65_HS1-834228961_62-HQ-83894_Section_5
Agency: FBI
Page 79
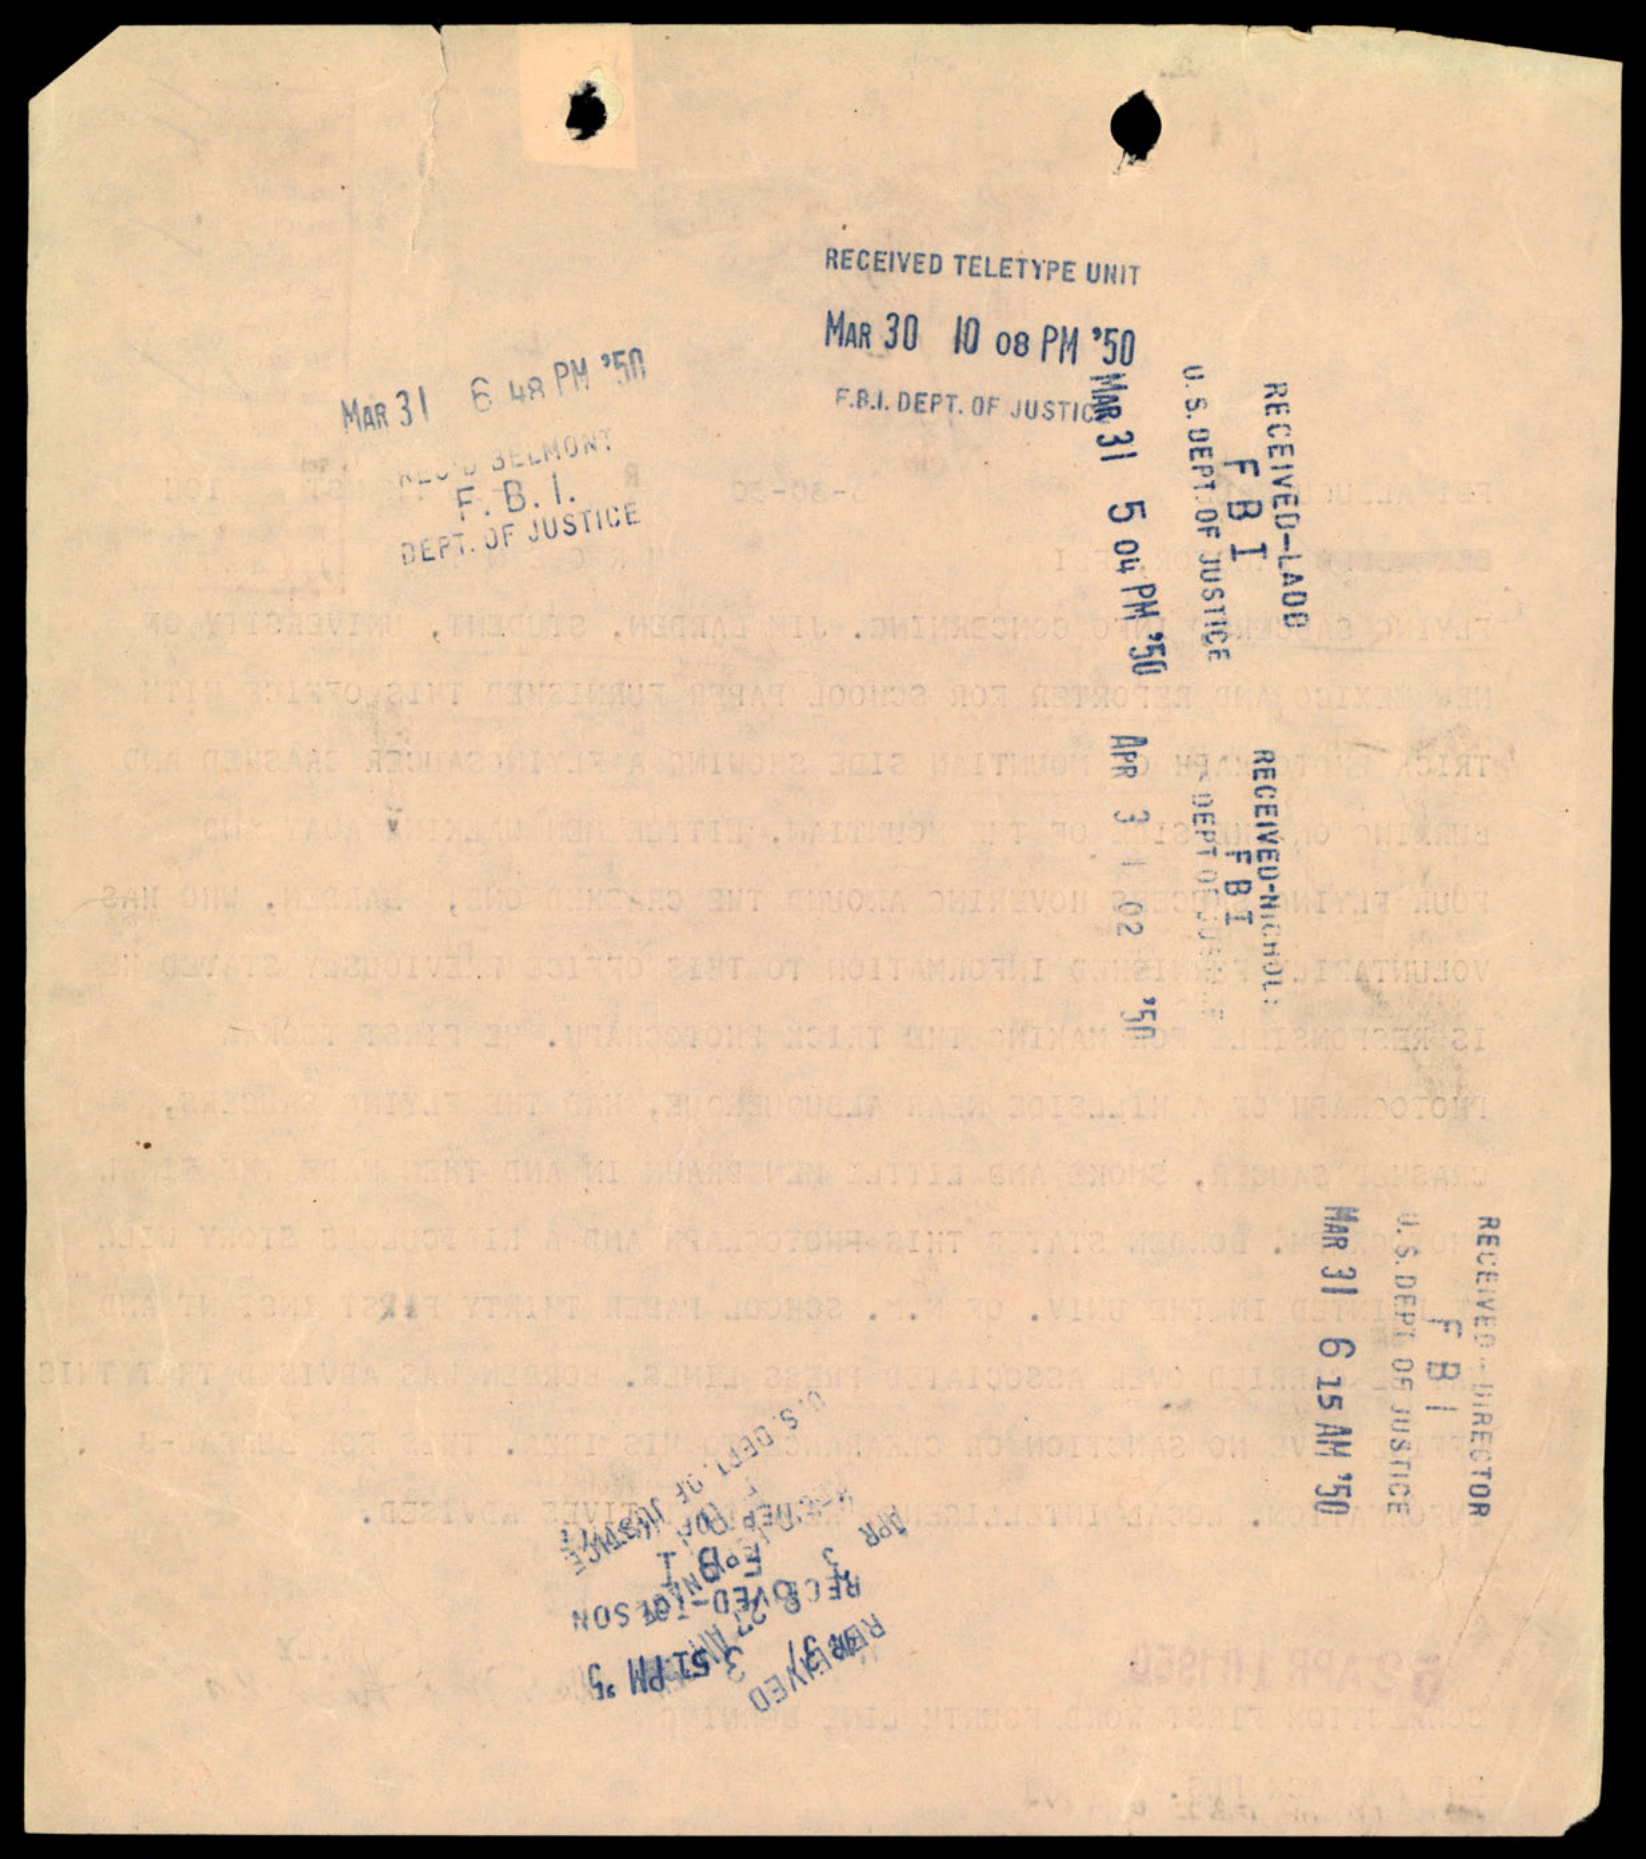